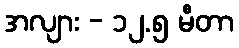
အလျား - ၁၂.၅ မီတာ